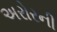
અરોરની